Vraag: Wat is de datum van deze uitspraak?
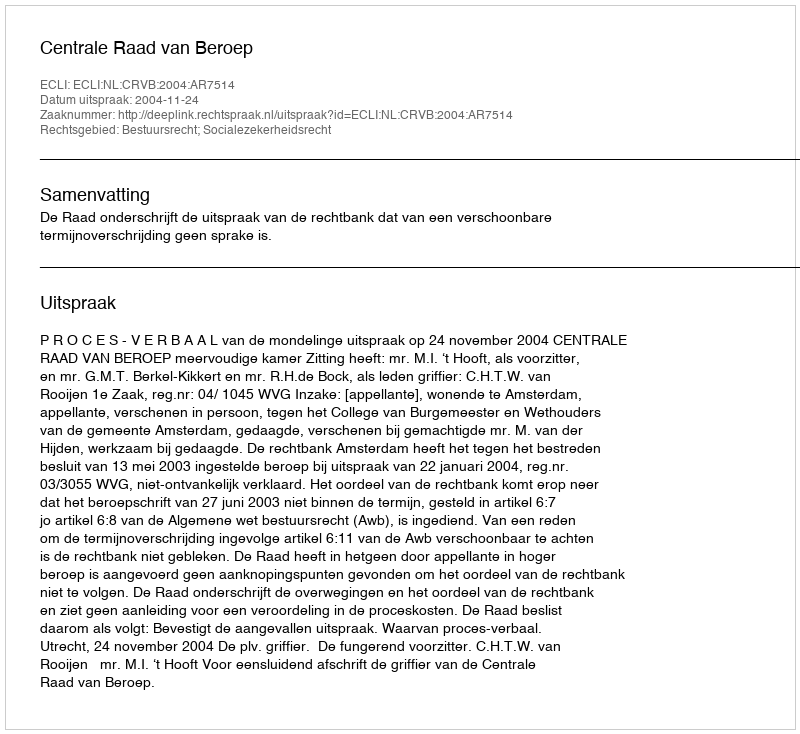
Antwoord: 2004-11-24